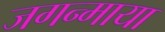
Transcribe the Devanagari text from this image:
जगन्माया